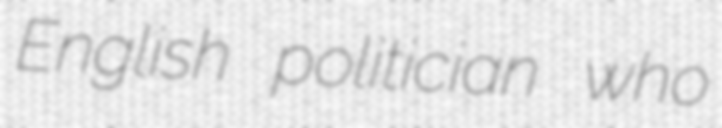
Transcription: English politician who